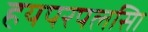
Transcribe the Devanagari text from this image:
हयपरपलसिा